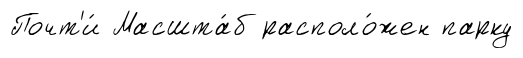
Почт'и́ Масшта́б располо́жен парку